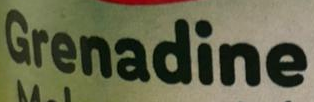
Grenadine